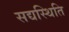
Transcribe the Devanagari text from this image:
सद्यस्थिति